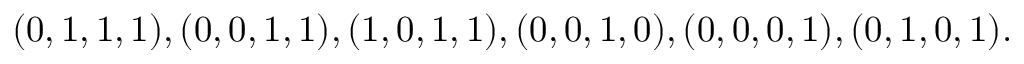
( 0 , 1 , 1 , 1 ) , ( 0 , 0 , 1 , 1 ) , ( 1 , 0 , 1 , 1 ) , ( 0 , 0 , 1 , 0 ) , ( 0 , 0 , 0 , 1 ) , ( 0 , 1 , 0 , 1 ) .